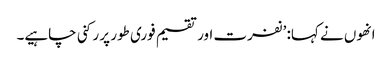
انھوں نے کہا: ’نفرت اور تقسیم فوری طور پر رکنی چاہیے۔